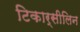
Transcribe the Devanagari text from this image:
टिकार्सीलिन